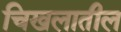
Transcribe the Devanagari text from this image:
चिखलातील